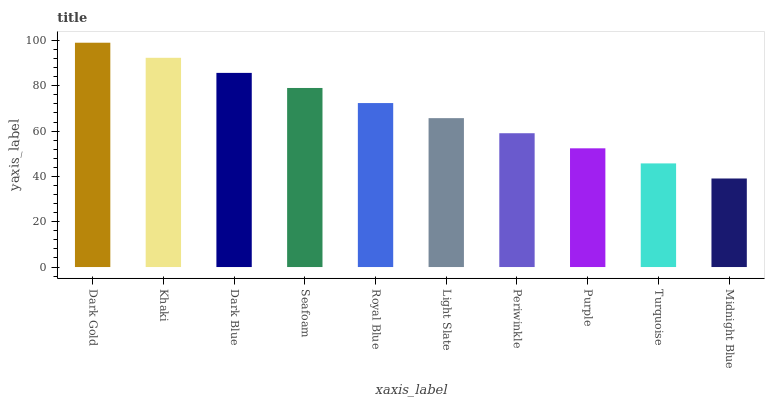
| xaxis_label | bars |
 | --- | --- |
 | Dark Gold | 99 |
 | Khaki | 92.3 |
 | Dark Blue | 85.7 |
 | Seafoam | 79 |
 | Royal Blue | 72.4 |
 | Light Slate | 65.7 |
 | Periwinkle | 59.1 |
 | Purple | 52.4 |
 | Turquoise | 45.7 |
 | Midnight Blue | 39.1 |